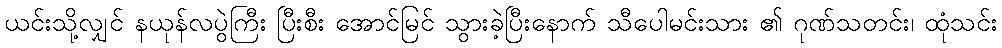
ယင်းသို့လျှင် နယုန်လပွဲကြီး ပြီးစီး အောင်မြင် သွားခဲ့ပြီးနောက် သီပေါမင်းသား ၏ ဂုဏ်သတင်း၊ ထုံသင်း